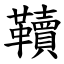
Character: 韇